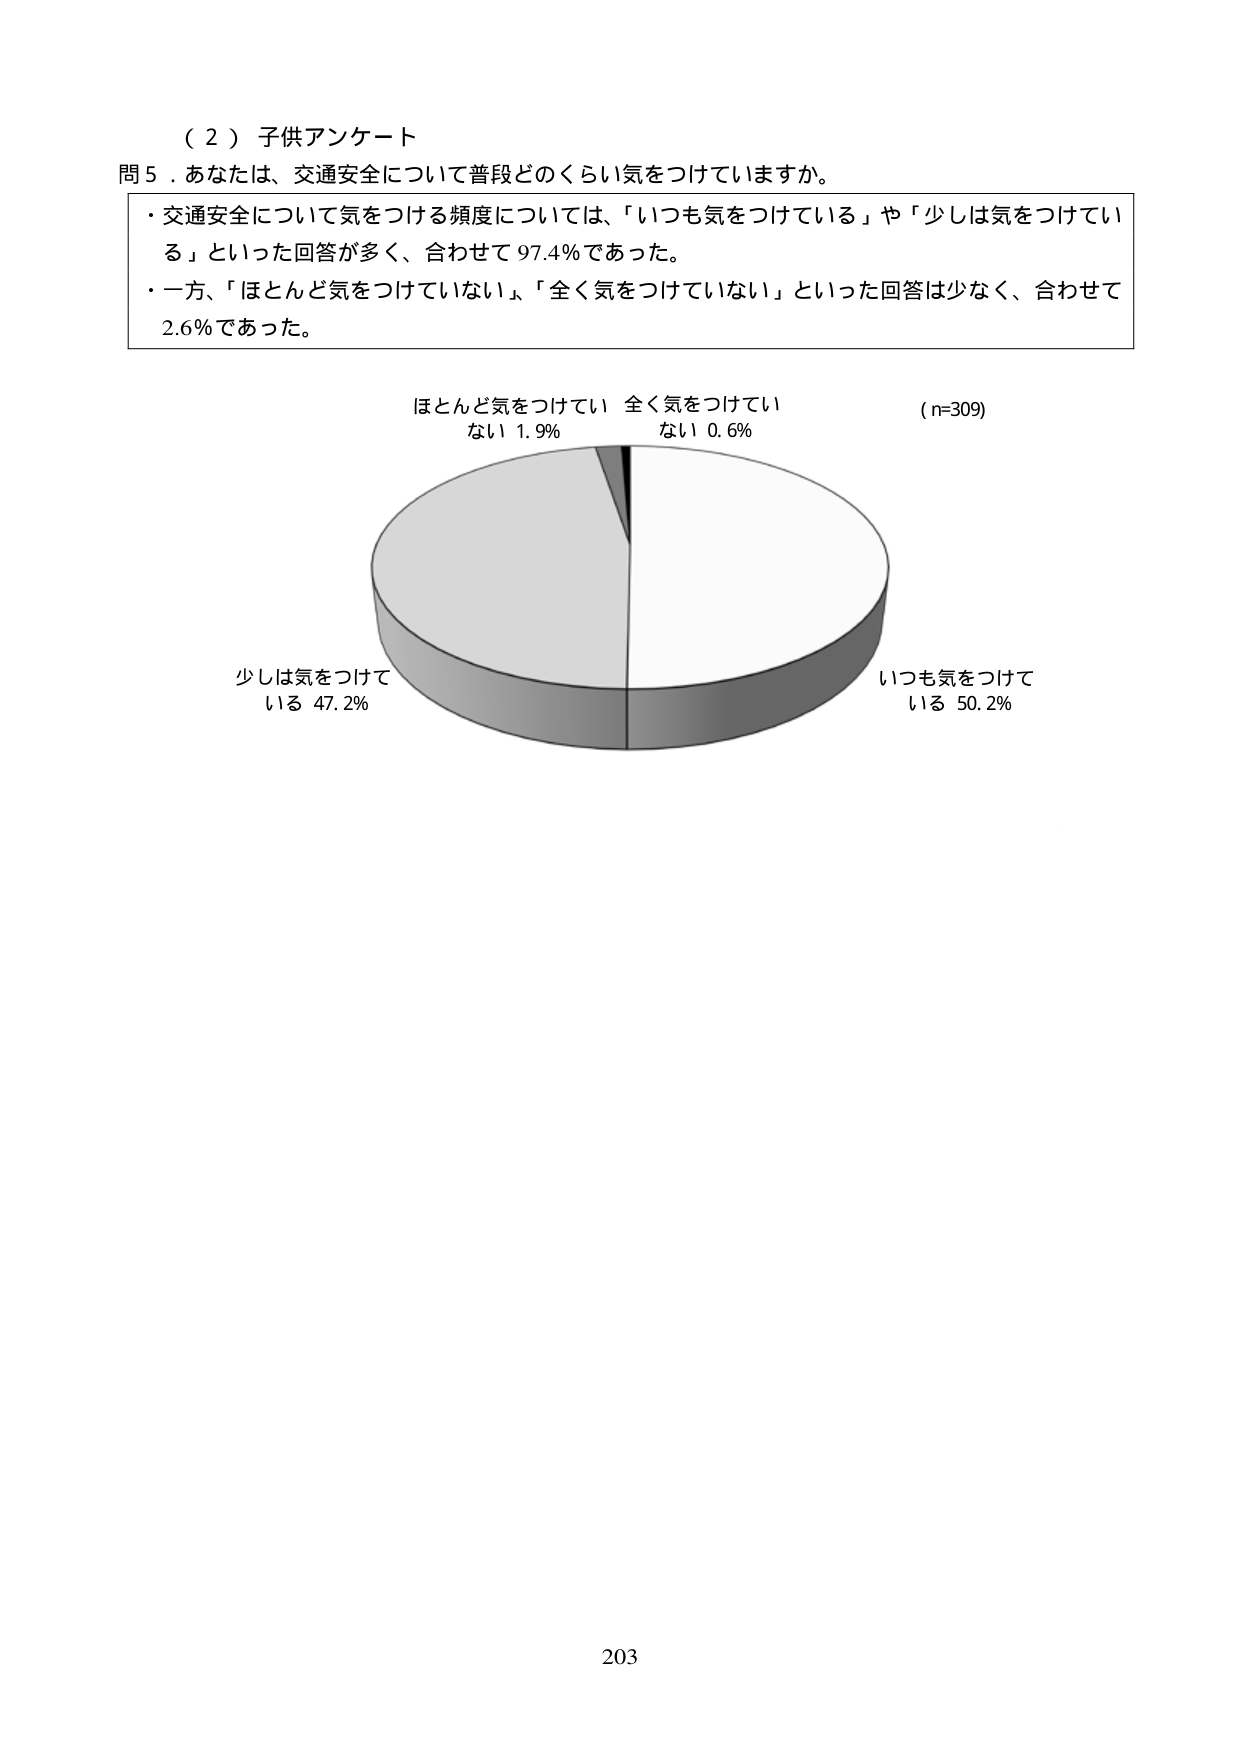
（２）子供アンケート
問５．あなたは、交通安全について普段どのくらい気をつけていますか。
・交通安全について気をつける頻度については、「いつも気をつけている」や「少しは気をつけている」といった回答が多く、合わせて97.4％であった。
・一方、「ほとんど気をつけていない」「全く気をつけていない」といった回答は少なく、合わせて2.6％であった。
（n=309）
ほとんど気をつけていない 1.9％
全く気をつけていない 0.6％
少しは気をつけている 47.2％
いつも気をつけている 50.2％
203